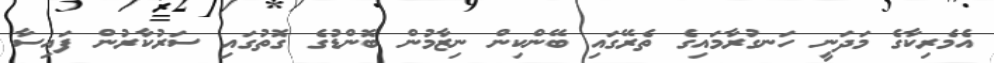
އެމެރިކާގެ މަދަނީ ހަނގުރާމައިގެ ތެރޭގައި ބޭންކިން ނިޒާމުން ބޮންޑުގެ ގޮތުގައި ސަރުކާރުން ފައިސާ